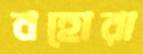
বহোরা